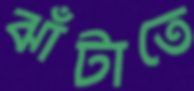
ঝাঁটাতে